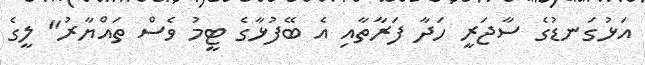
އަޅުގަނޑުގެ ސާޖަރީ ހަދާ ފަރާތާއި އެ ބޭފުޅާގެ ޓީމު ވެސް ތައްޔާރު" ލީގެ